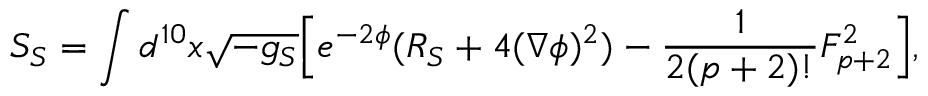
S _ { S } = \int d ^ { 1 0 } x \sqrt { - g _ { S } } \Big [ e ^ { - 2 \phi } ( R _ { S } + 4 ( \nabla \phi ) ^ { 2 } ) - { \frac { 1 } { 2 ( p + 2 ) ! } } F _ { p + 2 } ^ { 2 } \Big ] ,